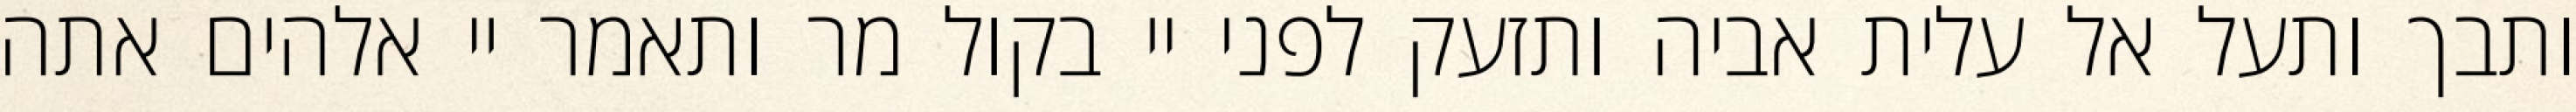
ותבך ותעל אל עלית אביה ותזעק לפני יי בקול מר ותאמר יי אלהים אתה